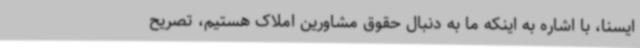
ایسنا، با اشاره به اینکه ما به دنبال حقوق مشاورین املاک هستیم، تصریح